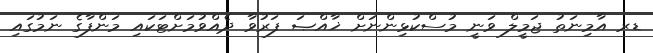
ޑރ އާމިނަތު ޖަމީލް ވަނީ މުސްކުޅިންނަށް ޚާއްޞަ ފަރުވާ ދެއްވުމަށްޓަކައި މަންފާގެ ނަމުގައި